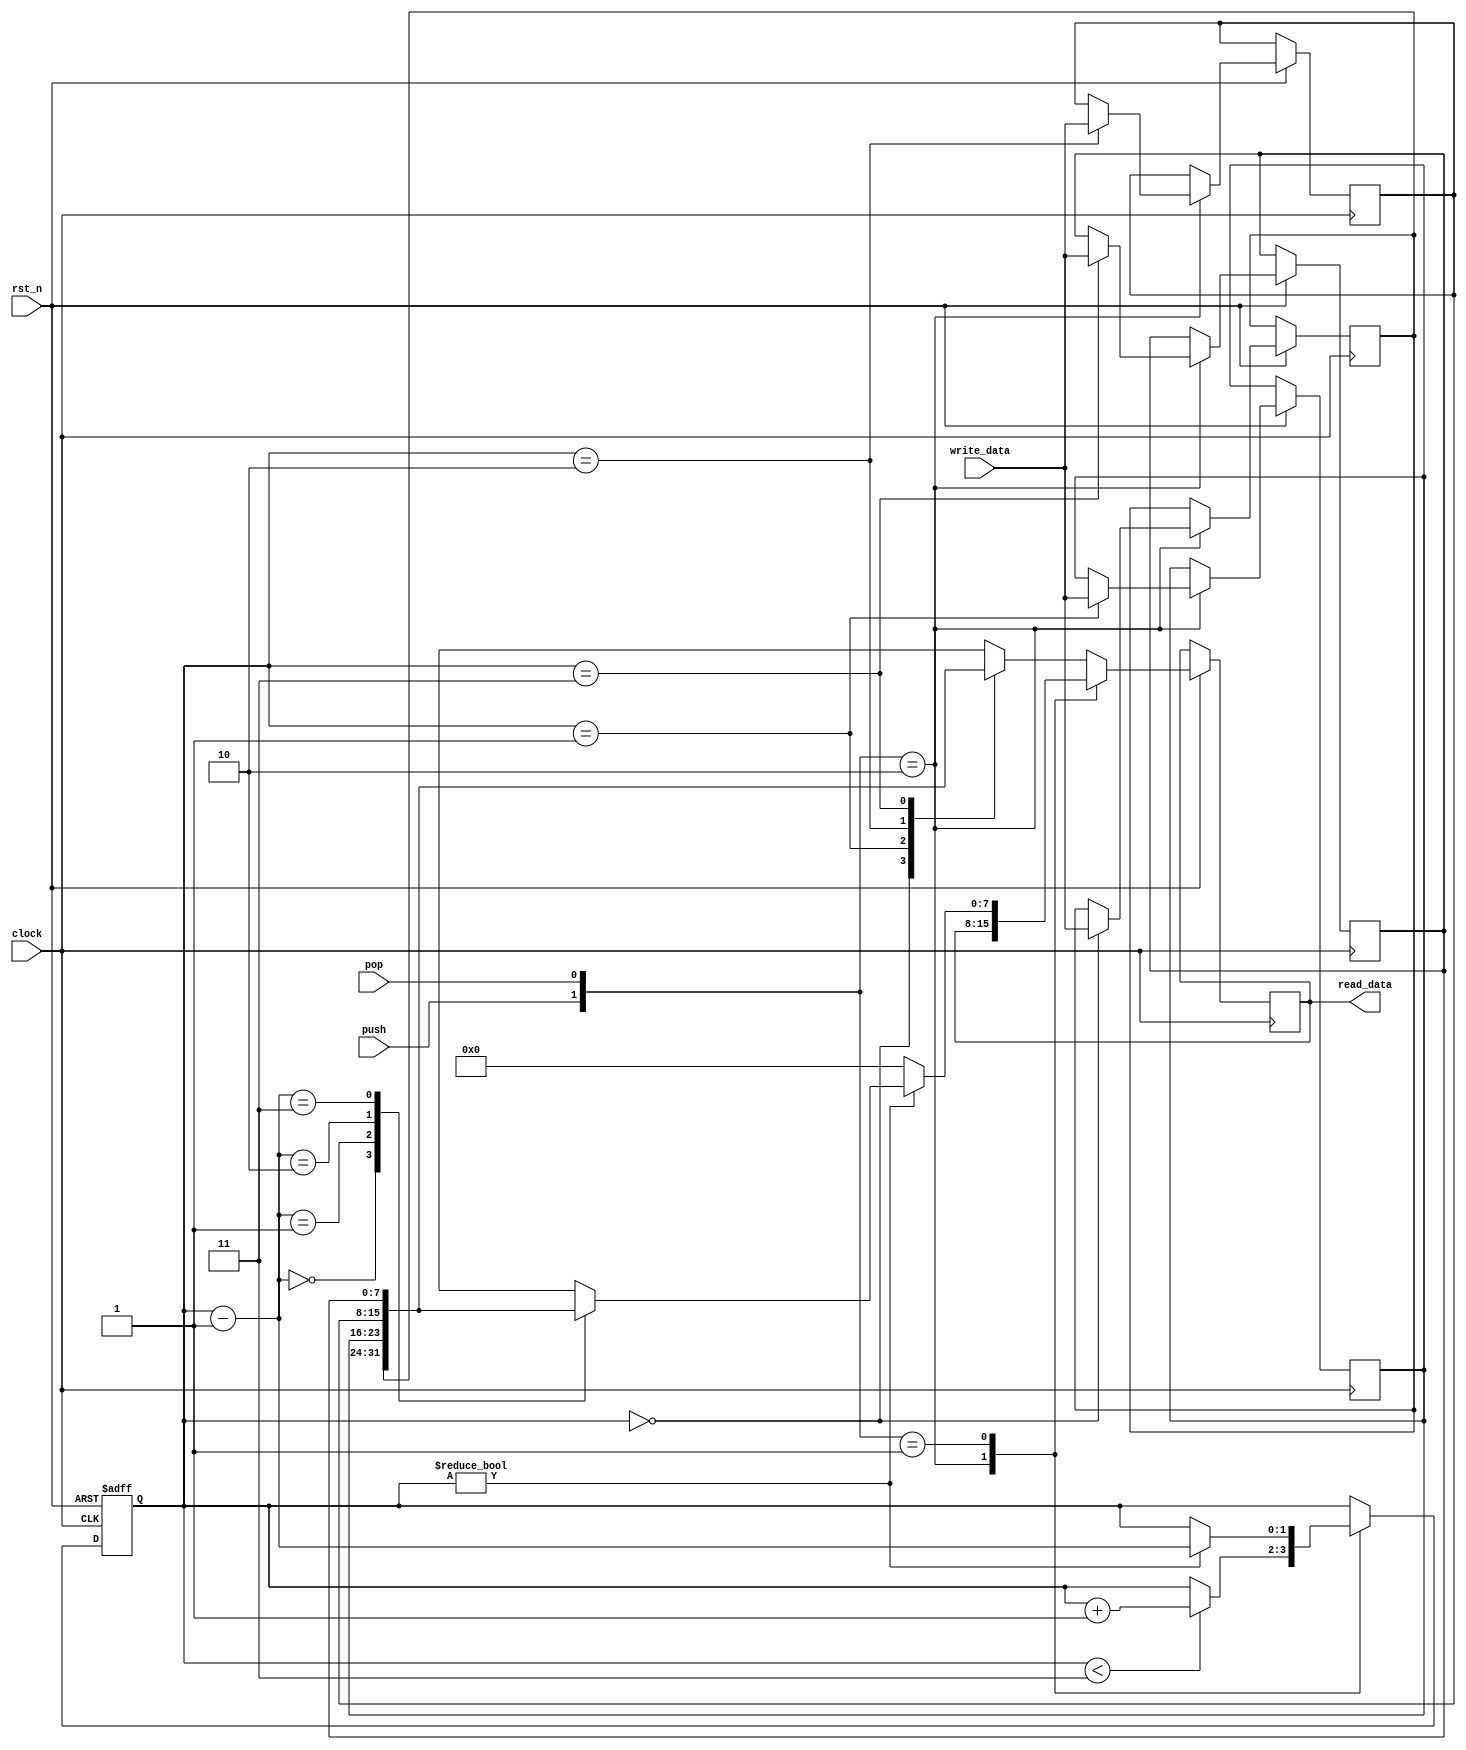
module lab7_7

#(
	parameter DATA_WIDTH=8, 
	parameter PTR_WIDTH=2
)

(
    input  clock,
    input  rst_n,
    input  push,
    input  pop,

    input  [DATA_WIDTH - 1:0] write_data,
    output reg [DATA_WIDTH - 1:0] read_data
);

    reg [DATA_WIDTH - 1:0] stack [0:2**PTR_WIDTH - 1];
	reg [PTR_WIDTH - 1:0] pointer;

 
	always @(posedge clock or negedge rst_n) 
	  begin
		if (!rst_n)
			pointer <= {PTR_WIDTH {1'b0}};
			
		else case ( {push, pop} )
			2'b10:  begin
				if (pointer < 2**PTR_WIDTH - 1) begin
						stack[pointer] <= write_data;
						pointer <= pointer + 1;  
					end
				else
					stack[pointer] <= write_data;
				end
			2'b01: begin 
				if (pointer != 0) begin
				read_data <= stack [pointer-1];
					pointer <= pointer - 1;
				end
				else
					read_data <= 0;
				end
			default: read_data <= stack [pointer];
			endcase
		end
	
endmodule